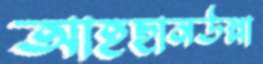
আহছানউল্লা